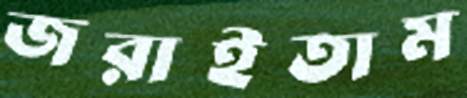
জরাইতাম